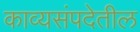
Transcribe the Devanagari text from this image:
काव्यसंपदेतील